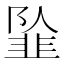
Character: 𱂍